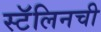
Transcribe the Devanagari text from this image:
स्टॅलिनची